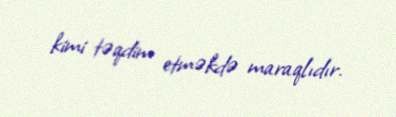
kimi təqdim etməkdə maraqlıdır.